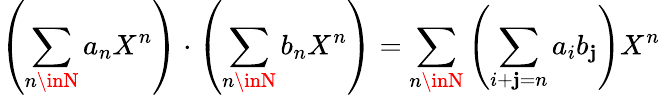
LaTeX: \left(\sum_{n\inN}a_{n}X^{n}\right)\cdot\left(\sum_{n\inN}b_{n}X^{n}\right)=\sum_{n\inN}\left(\sum_{i+\mathbf{j}=n}a_{i}b_{\mathbf{j}}\right)X^{n}